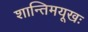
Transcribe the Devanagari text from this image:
शान्तिमयूखः